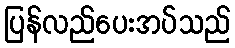
ပြန်လည်ပေးအပ်သည်